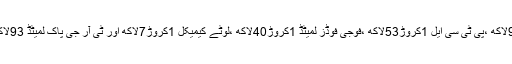
کاروبار کے لحاظ سے ازگارڈ نائن 1کروڑ98لاکھ ،پی ٹی سی ایل 1کروڑ53لاکھ ،فوجی فوڈز لمیٹڈ 1کروڑ40لاکھ ،لوٹے کیمیکل 1کروڑ7لاکھ اور ٹی آر جی پاک لمیٹڈ 93لاکھ حصص کے سودو ں سے سرفہرست رہے ۔